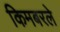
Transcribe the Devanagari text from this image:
किमबरले